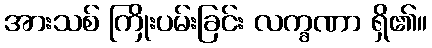
အားသစ် ကြိုးပမ်းခြင်း လက္ခဏာ ရှိ၏။